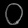
Digit: ၀